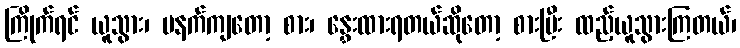
ကြိုက်ရင် ယူသွား၊ မနက်ကျတော့ စား၊ နွှေးထားရတယ်ဆိုတော့ စားပြီး ထည့်ယူသွားကြတယ်၊